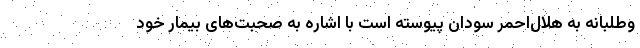
وطلبانه به هلال‌احمر سودان پیوسته است با اشاره به صحبت‌های بیمار خود